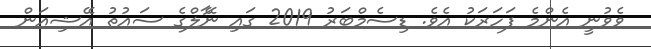
ވެވުނީ އެންމެ ފަހަރަކު އެވެ. ޑިސެމްބަރު 2019 ގައި ނޭާލްގެ ސައުތު އޭޝިއަން